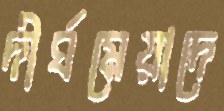
দীর্ঘমেয়াদে